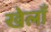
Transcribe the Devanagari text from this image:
खेलाँ